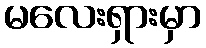
မလေးရှားမှာ